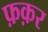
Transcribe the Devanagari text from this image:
फ़क़र